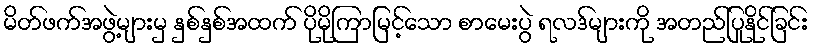
မိတ်ဖက်အဖွဲ့များမှ နှစ်နှစ်အထက် ပိုမိုကြာမြင့်သော စာမေးပွဲ ရလဒ်များကို အတည်ပြုနိုင်ခြင်း